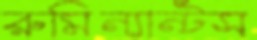
রুমিন্যান্টস